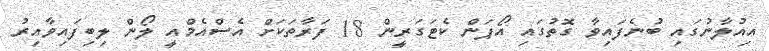
އިއުލާނުގައި ބުނެފައިވާ ގޮތުގައި އޯޕަން ކެޓަގަރީން 18 ފަރާތަކަށް އެސްއެމްއީ ލޯން ލިބިފައިވާއިރު